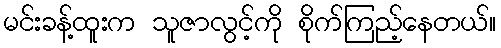
မင်းခန့်ထူးက သူဇာလွင့်ကို စိုက်ကြည့်နေတယ်။